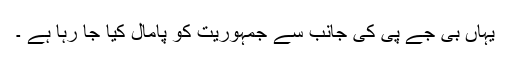
یہاں بی جے پی کی جانب سے جمہوریت کو پامال کیا جا رہا ہے ۔